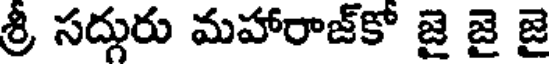
శ్రీ సద్గురు మహారాజ్కో జై జై జై